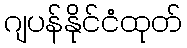
ဂျပန်နိုင်ငံထုတ်